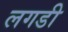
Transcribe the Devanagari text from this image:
लगडी